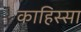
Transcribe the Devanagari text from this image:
काहिस्सा